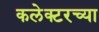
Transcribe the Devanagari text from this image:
कलेक्टरच्या